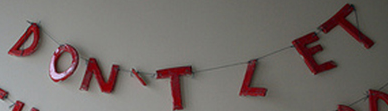
DON'TLET